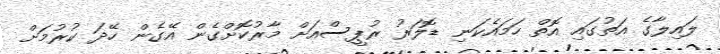
ލައިލާގެ އަތުގައި އޮތް ހަމައެކަނި ޑޮލަރު ރުޕީސްއަށް މާރުކޮށްގެން އޭގެން ހޭދަ ކުރުމަށް